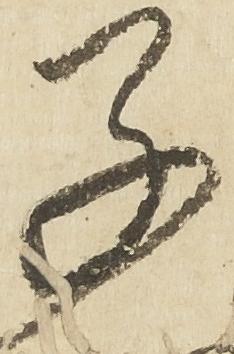
子